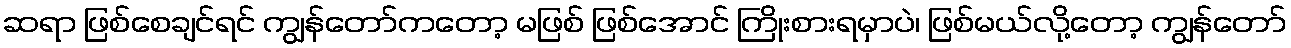
ဆရာ ဖြစ်စေချင်ရင် ကျွန်တော်ကတော့ မဖြစ် ဖြစ်အောင် ကြိုးစားရမှာပဲ၊ ဖြစ်မယ်လို့တော့ ကျွန်တော်